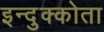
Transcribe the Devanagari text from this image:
इन्दुक्कोता